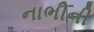
નાભીની